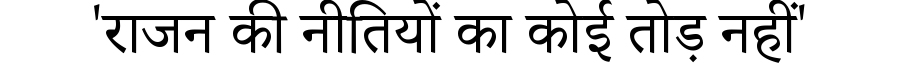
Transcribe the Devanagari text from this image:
'राजन की नीतियों का कोई तोड़ नहीं'